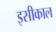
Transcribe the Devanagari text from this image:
इसीकाल